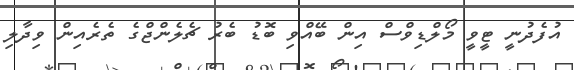
އުފެދުނީ ޓީވީ މޯލްޑިވްސް އިން ބޭއްވި ބޮޑު ބެރު ޗެލެންޖްގެ ތެރެއިން ވިދާލި